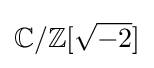
\mathbb {C} /\mathbb {Z} [{\sqrt {-2}}]